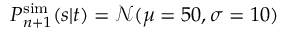
P _ { n + 1 } ^ { \mathrm { s i m } } ( s | t ) = \mathcal { N } ( \mu = 5 0 , \sigma = 1 0 )